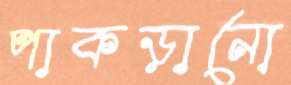
পাকড়ানো